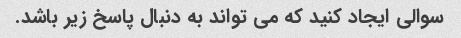
سوالی ایجاد کنید که می تواند به دنبال پاسخ زیر باشد.